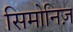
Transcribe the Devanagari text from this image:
सिमोनिज़